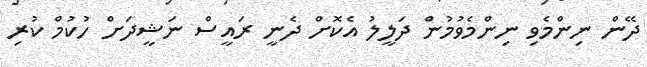
ދޭން ނިންމެވި ނިންމެވުމުން ދަލީލު އެކޮށް ދެނީ ރައީސް ނަޝީދަށް ހުކުމް ކުރި